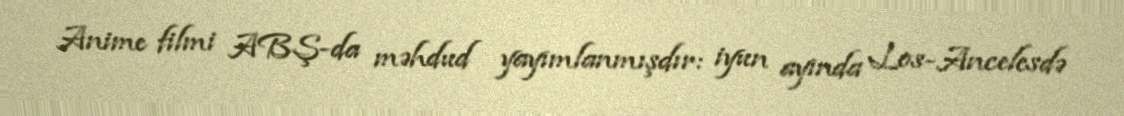
Anime filmi ABŞ-da məhdud yayımlanmışdır: iyun ayında Los-Ancelesdə